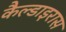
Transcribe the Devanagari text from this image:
कैल्डाइरास